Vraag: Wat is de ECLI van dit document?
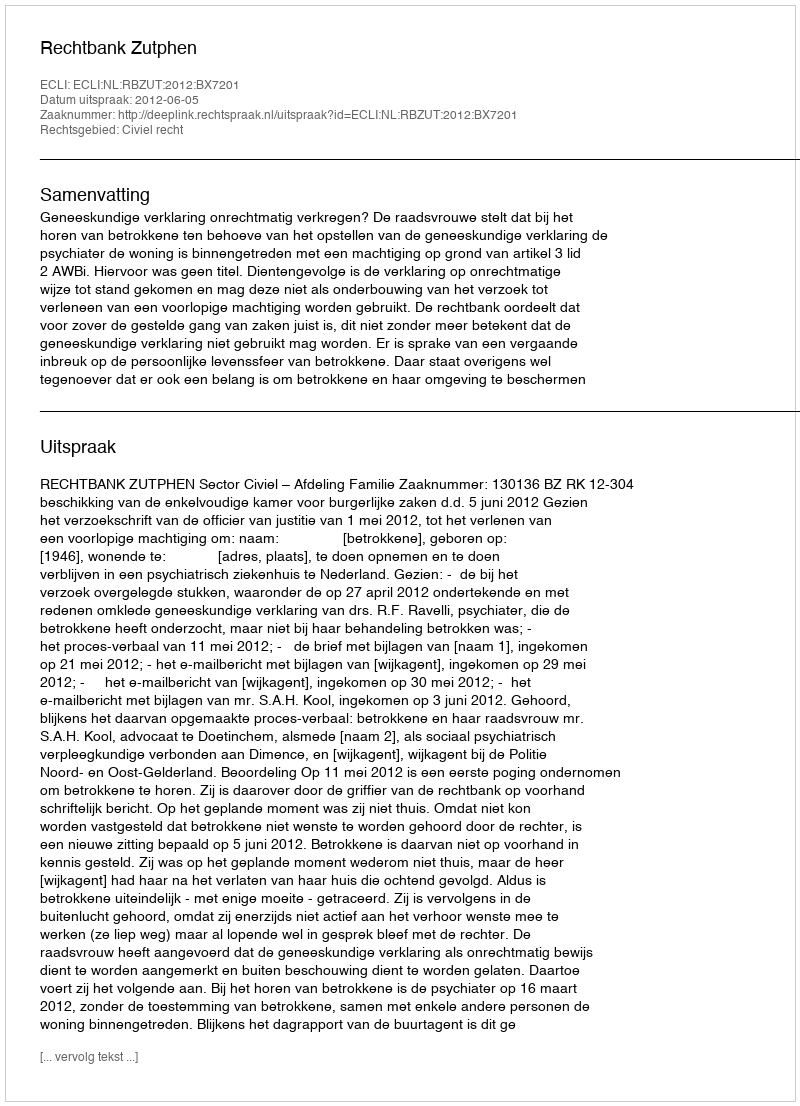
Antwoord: ECLI:NL:RBZUT:2012:BX7201